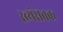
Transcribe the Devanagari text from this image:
स्व्यंसेवक